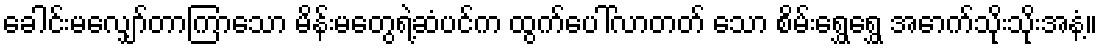
ခေါင်းမလျှော်တာကြာသော မိန်းမတွေရဲ့ဆံပင်က ထွက်ပေါ်လာတတ် သော စိမ်းရွှေရွှေ အောက်သိုးသိုးအနံ့။